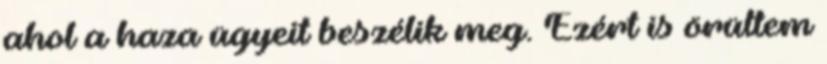
ahol a haza ügyeit beszélik meg. Ezért is örültem